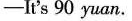
-It's 90 yuan.